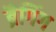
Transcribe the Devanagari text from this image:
ब्रैगिंग